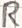
Text: R